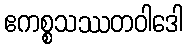
ဧကစ္စသဿတဝါဒေါ